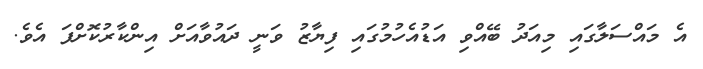
އެ މައްސަލާގައި މިއަދު ބޭއްވި އަޑުއެހުމުގައި ފިޔާޒު ވަނީ ދައުވާއަށް އިންކާރުކޮށްފަ އެވެ.